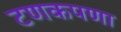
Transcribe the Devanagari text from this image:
टणकपणा